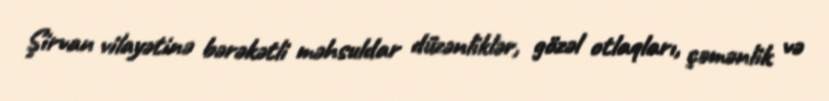
Şirvan vilayətinə bərəkətli məhsuldar düzənliklər, gözəl otlaqları, çəmənlik və